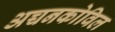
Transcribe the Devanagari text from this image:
अच्चनकोविल